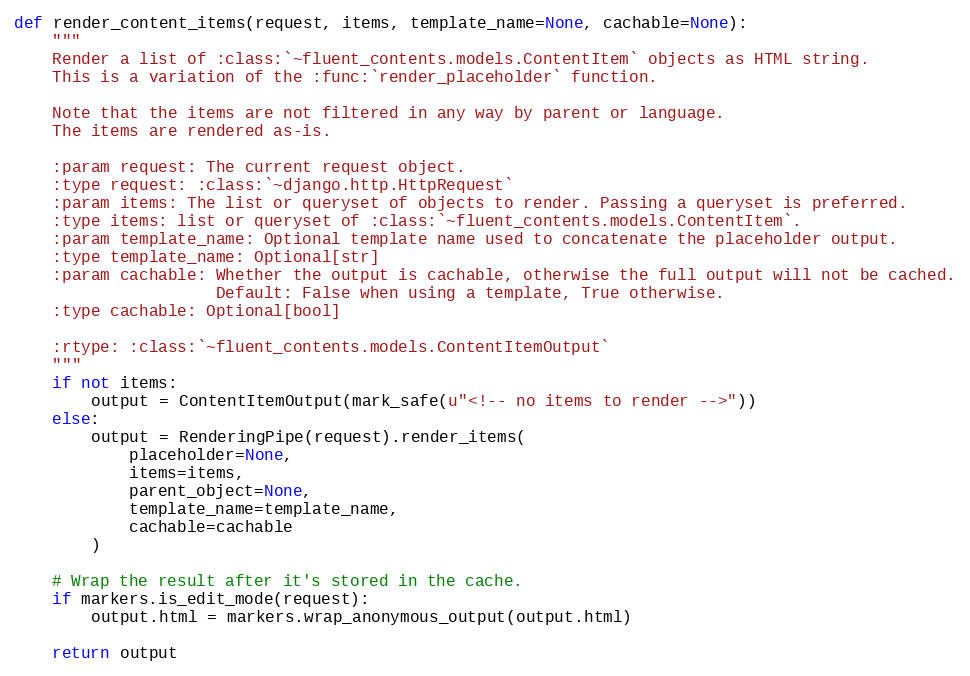
Language: Python
def render_content_items(request, items, template_name=None, cachable=None):
    """
    Render a list of :class:`~fluent_contents.models.ContentItem` objects as HTML string.
    This is a variation of the :func:`render_placeholder` function.

    Note that the items are not filtered in any way by parent or language.
    The items are rendered as-is.

    :param request: The current request object.
    :type request: :class:`~django.http.HttpRequest`
    :param items: The list or queryset of objects to render. Passing a queryset is preferred.
    :type items: list or queryset of :class:`~fluent_contents.models.ContentItem`.
    :param template_name: Optional template name used to concatenate the placeholder output.
    :type template_name: Optional[str]
    :param cachable: Whether the output is cachable, otherwise the full output will not be cached.
                     Default: False when using a template, True otherwise.
    :type cachable: Optional[bool]

    :rtype: :class:`~fluent_contents.models.ContentItemOutput`
    """
    if not items:
        output = ContentItemOutput(mark_safe(u"<!-- no items to render -->"))
    else:
        output = RenderingPipe(request).render_items(
            placeholder=None,
            items=items,
            parent_object=None,
            template_name=template_name,
            cachable=cachable
        )

    # Wrap the result after it's stored in the cache.
    if markers.is_edit_mode(request):
        output.html = markers.wrap_anonymous_output(output.html)

    return output